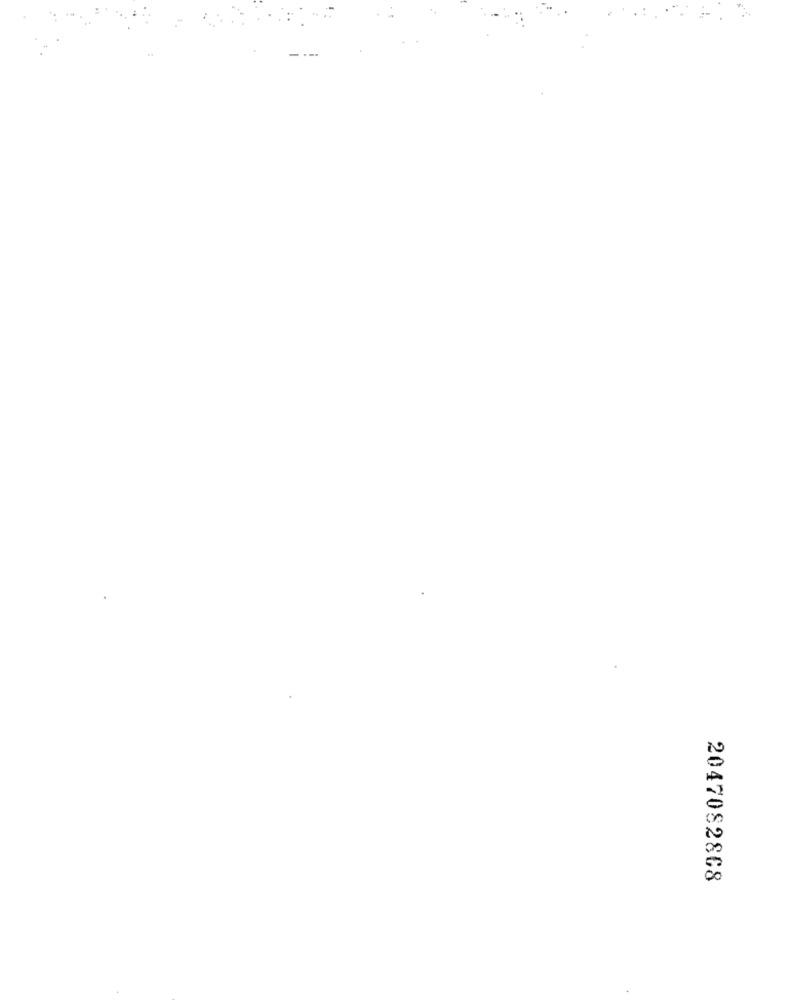
2047082868